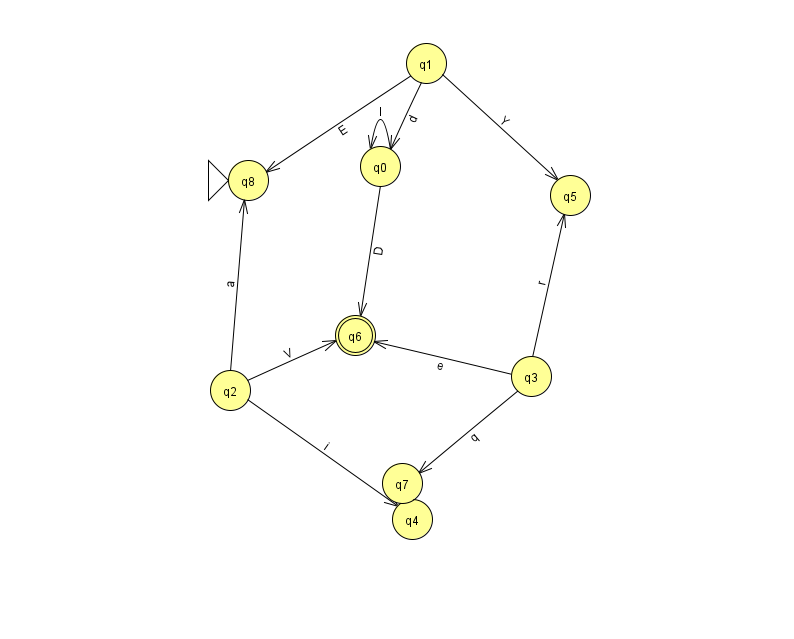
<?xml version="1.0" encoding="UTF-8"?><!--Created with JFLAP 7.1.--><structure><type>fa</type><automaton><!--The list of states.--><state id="0" name="q0"><x>380.0</x><y>153.0</y></state><state id="1" name="q1"><x>426.0</x><y>50.0</y></state><state id="2" name="q2"><x>230.0</x><y>377.0</y></state><state id="3" name="q3"><x>531.0</x><y>363.0</y></state><state id="4" name="q4"><x>412.0</x><y>506.0</y></state><state id="5" name="q5"><x>570.0</x><y>182.0</y></state><state id="6" name="q6"><x>355.0</x><y>322.0</y><final/></state><state id="7" name="q7"><x>402.0</x><y>470.0</y></state><state id="8" name="q8"><x>248.0</x><y>167.0</y><initial/></state><!--The list of transitions.--><transition><from>3</from><to>5</to><read>r</read></transition><transition><from>2</from><to>4</to><read>i</read></transition><transition><from>0</from><to>6</to><read>D</read></transition><transition><from>3</from><to>7</to><read>q</read></transition><transition><from>1</from><to>0</to><read>d</read></transition><transition><from>2</from><to>8</to><read>a</read></transition><transition><from>1</from><to>5</to><read>Y</read></transition><transition><from>2</from><to>6</to><read>V</read></transition><transition><from>0</from><to>0</to><read>I</read></transition><transition><from>1</from><to>8</to><read>E</read></transition><transition><from>3</from><to>6</to><read>e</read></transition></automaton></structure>